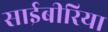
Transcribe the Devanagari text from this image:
साईबीरिया